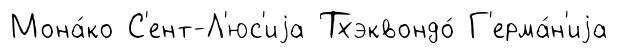
Мона́ко С'ент-Л'юс'иjа Тхэквондо́ Г'ерма́н'иjа